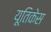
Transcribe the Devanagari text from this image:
यूतिकेस